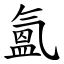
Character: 氳